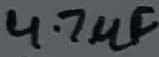
Text: 4.7µF